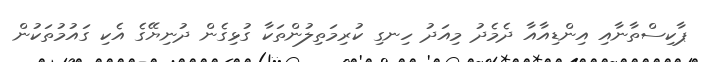
ޕާކިސްތާނާއި އިންޑިއާއާ ދެމެދު މިއަދު ހިނގި ކުރިމަތިލުންތަކާ ގުޅިގެން ދުނިޔޭގެ އެކި ގައުމުތަކުން